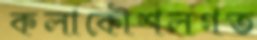
কলাকৌশলগত